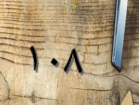
١٠٨